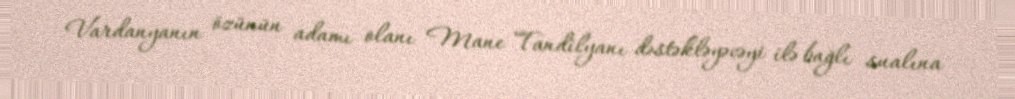
Vardanyanın özünün adamı olanı Mane Tandilyanı dəstəkləyəcəyi ilə bağlı sualına